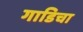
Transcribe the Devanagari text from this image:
गाडिचा